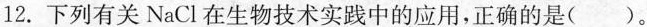
12.下列有关NaCl在生物技术实践中的应用，正确的是()。